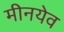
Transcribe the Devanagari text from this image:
मीनयेव